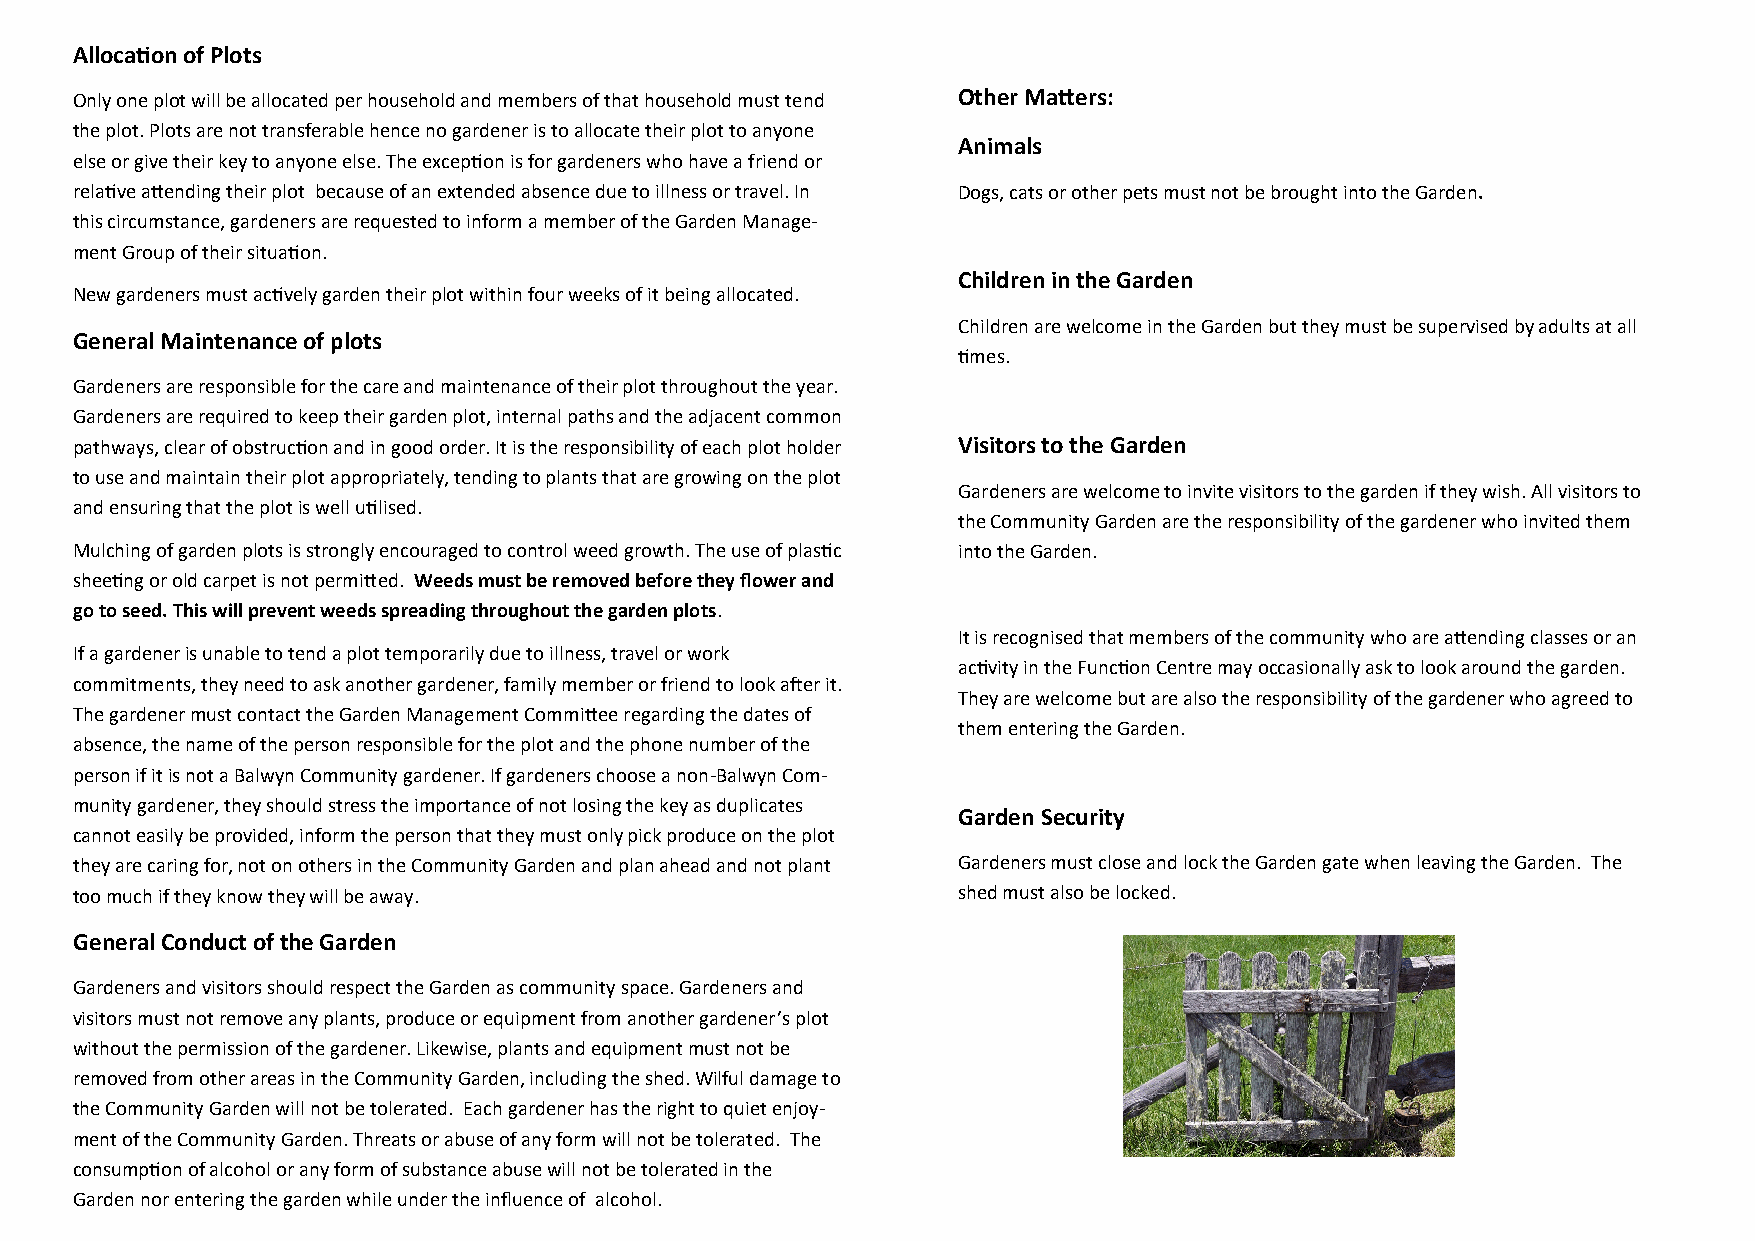
Allocation of Plots
 Only one plot will be allocated per household and members of that household must tend Other Matters:
 the plot. Plots are not transferable hence no gardener is to allocate their plot to anyone
 Animals
 else or give their key to anyone else. The exception is for gardeners who have a friend or
 relative attending their plot because of an extended absence due to illness or travel. In Dogs, cats or other pets must not be brought into the Garden.
 this circumstance, gardeners are requested to inform a member of the Garden Manage-
 ment Group of their situation.
 Children in the Garden
 New gardeners must actively garden their plot within four weeks of it being allocated.
 Children are welcome in the Garden but they must be supervised by adults at all
 General Maintenance of plots
 times.
 Gardeners are responsible for the care and maintenance of their plot throughout the year.
 Gardeners are required to keep their garden plot, internal paths and the adjacent common
 pathways, clear of obstruction and in good order. It is the responsibility of each plot holder Visitors to the Garden
 to use and maintain their plot appropriately, tending to plants that are growing on the plot
 Gardeners are welcome to invite visitors to the garden if they wish. All visitors to
 and ensuring that the plot is well utilised.
 the Community Garden are the responsibility of the gardener who invited them
 Mulching of garden plots is strongly encouraged to control weed growth. The use of plastic into the Garden.
 sheeting or old carpet is not permitted. Weeds must be removed before they flower and
 go to seed. This will prevent weeds spreading throughout the garden plots.
 It is recognised that members of the community who are attending classes or an
 If a gardener is unable to tend a plot temporarily due to illness, travel or work
 activity in the Function Centre may occasionally ask to look around the garden.
 commitments, they need to ask another gardener, family member or friend to look after it.
 They are welcome but are also the responsibility of the gardener who agreed to
 The gardener must contact the Garden Management Committee regarding the dates of
 them entering the Garden.
 absence, the name of the person responsible for the plot and the phone number of the
 person if it is not a Balwyn Community gardener. If gardeners choose a non-Balwyn Com-
 munity gardener, they should stress the importance of not losing the key as duplicates
 Garden Security
 cannot easily be provided, inform the person that they must only pick produce on the plot
 they are caring for, not on others in the Community Garden and plan ahead and not plant Gardeners must close and lock the Garden gate when leaving the Garden. The
 too much if they know they will be away.                  shed must also be locked.
 General Conduct of the Garden
 Gardeners and visitors should respect the Garden as community space. Gardeners and
 visitors must not remove any plants, produce or equipment from another gardener’s plot
 without the permission of the gardener. Likewise, plants and equipment must not be
 removed from other areas in the Community Garden, including the shed. Wilful damage to
 the Community Garden will not be tolerated. Each gardener has the right to quiet enjoy-
 ment of the Community Garden. Threats or abuse of any form will not be tolerated. The
 consumption of alcohol or any form of substance abuse will not be tolerated in the
 Garden nor entering the garden while under the influence of alcohol.